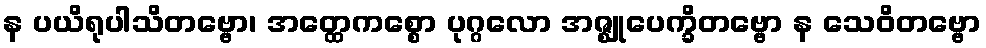
န ပယိရုပါသိတဗ္ဗော၊ အတ္ထေကစ္စော ပုဂ္ဂလော အဇ္ဈုပေက္ခိတဗ္ဗော န သေဝိတဗ္ဗော